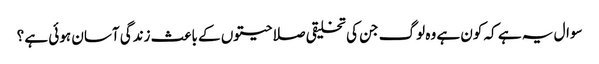
سوال یہ ہے کہ کون ہے وہ لوگ جن کی تخلیقی صلاحیتوں کے باعث زندگی آسان ہوئی ہے ؟